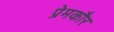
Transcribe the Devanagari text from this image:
प्रेमकौर